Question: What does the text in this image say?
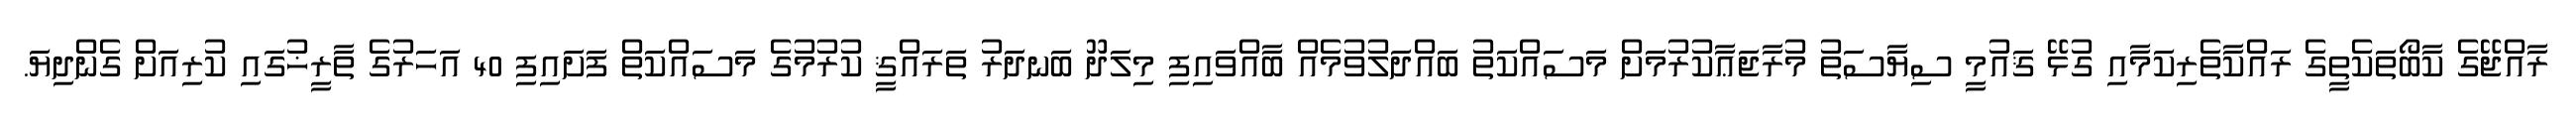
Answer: ރާއްޖޭގެ ކާބޯތަކެތީގެ ރައްކާތެރިކަމާއި ގުޅޭ ޤައުމީ ސިޔާސަތު މުރާޖަޢާކުރުމަށް މަސައްކަތު ބައްދަލުވުމެއް ބާއްވައިފި މިލަދޫ ބަނދަރު ތަރައްޤީ ކުރުމުގެ މަސައްކަތް ފަށައިފި 40 އަހަރުގެ ތާރީޚުގައި ކުރިއަށް ގެންދިޔަ.